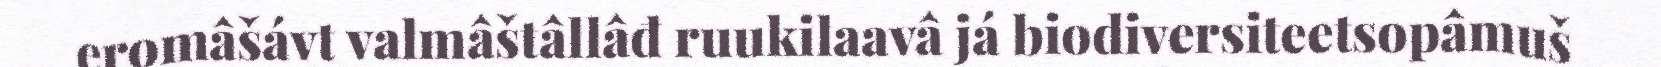
eromâšávt valmâštâllâđ ruukilaavâ já biodiversiteetsopâmuš